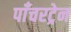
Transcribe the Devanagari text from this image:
पाँचरट्रेन